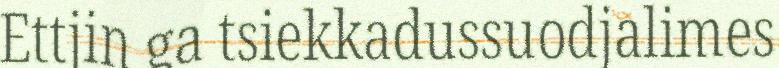
Ettjin ga tsiekkadussuodjalimes